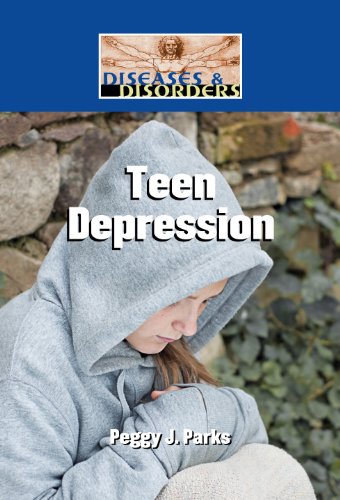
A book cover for Teen Depression (Diseases and Disorders); Peggy J. Parks; Teen & Young Adult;